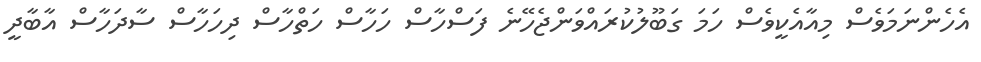
އެހެންނަމަވެސް މިއާއެކީވެސް ހަމަ ގަބޫލުކުރައްވަންޖެހޭނެ ފަސްހާސް ހަހާސް ހަތްހާސް ދިހަހާސް ސާދަހާސް އާބާދީ